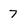
Character: 7